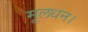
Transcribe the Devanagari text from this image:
मूलधन।